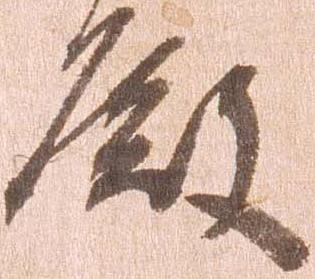
殿